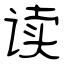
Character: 读